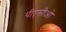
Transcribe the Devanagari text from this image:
पीएसीओ